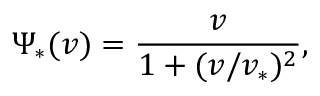
\Psi _ { * } ( v ) = \frac { v } { 1 + ( v / v _ { * } ) ^ { 2 } } ,